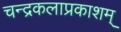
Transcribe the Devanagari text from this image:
चन्द्रकलाप्रकाशम्